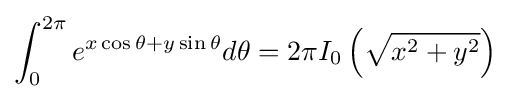
\int _{0}^{2\pi }e^{x\cos \theta +y\sin \theta }d\theta =2\pi I_{0}\left({\sqrt {x^{2}+y^{2}}}\right)